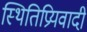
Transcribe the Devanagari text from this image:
स्थितिप्रियवादी